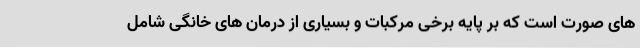
های صورت است که بر پایه برخی مرکبات و بسیاری از درمان های خانگی شامل